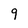
Character: 9